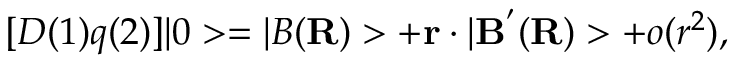
[ D ( 1 ) q ( 2 ) ] | 0 > = | B ( { \bf R } ) > + { \bf r } \cdot | { \bf B } ^ { ' } ( { \bf R } ) > + o ( r ^ { 2 } ) ,